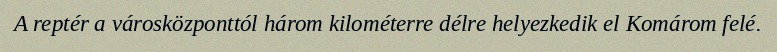
A reptér a városközponttól három kilométerre délre helyezkedik el Komárom felé.